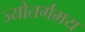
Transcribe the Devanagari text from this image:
ज्योतर्गमय